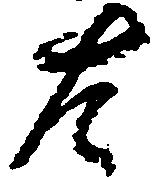
は